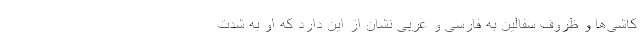
کاشی‌ها و ظروف سفالین به فارسی و عربی نشان از این دارد که او به شدت